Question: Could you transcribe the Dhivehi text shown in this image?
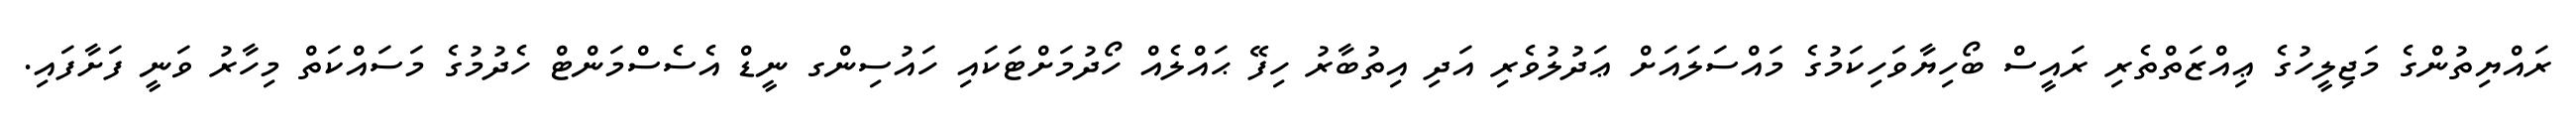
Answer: ރައްޔިތުންގެ މަޖިލީހުގެ ޢިއްޒަތްތެރި ރައީސް ބޯހިޔާވަހިކަމުގެ މައްސަލައަށް ޢަދުލުވެރި އަދި އިތުބާރު ހިފޭ ޙައްލެއް ހޯދުމަށްޓަކައި ހައުސިންގ ނީޑް އެސެސްމަންޓް ހެދުމުގެ މަސައްކަތް މިހާރު ވަނީ ފަށާފައި.